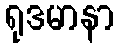
ရုဒမာနာ